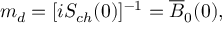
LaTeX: m _ { d } = [ i S _ { c h } ( 0 ) ] ^ { - 1 } = \overline { { B } } _ { 0 } ( 0 ) ,